Jaan_Tonisson_(Lasteleht), lk 329
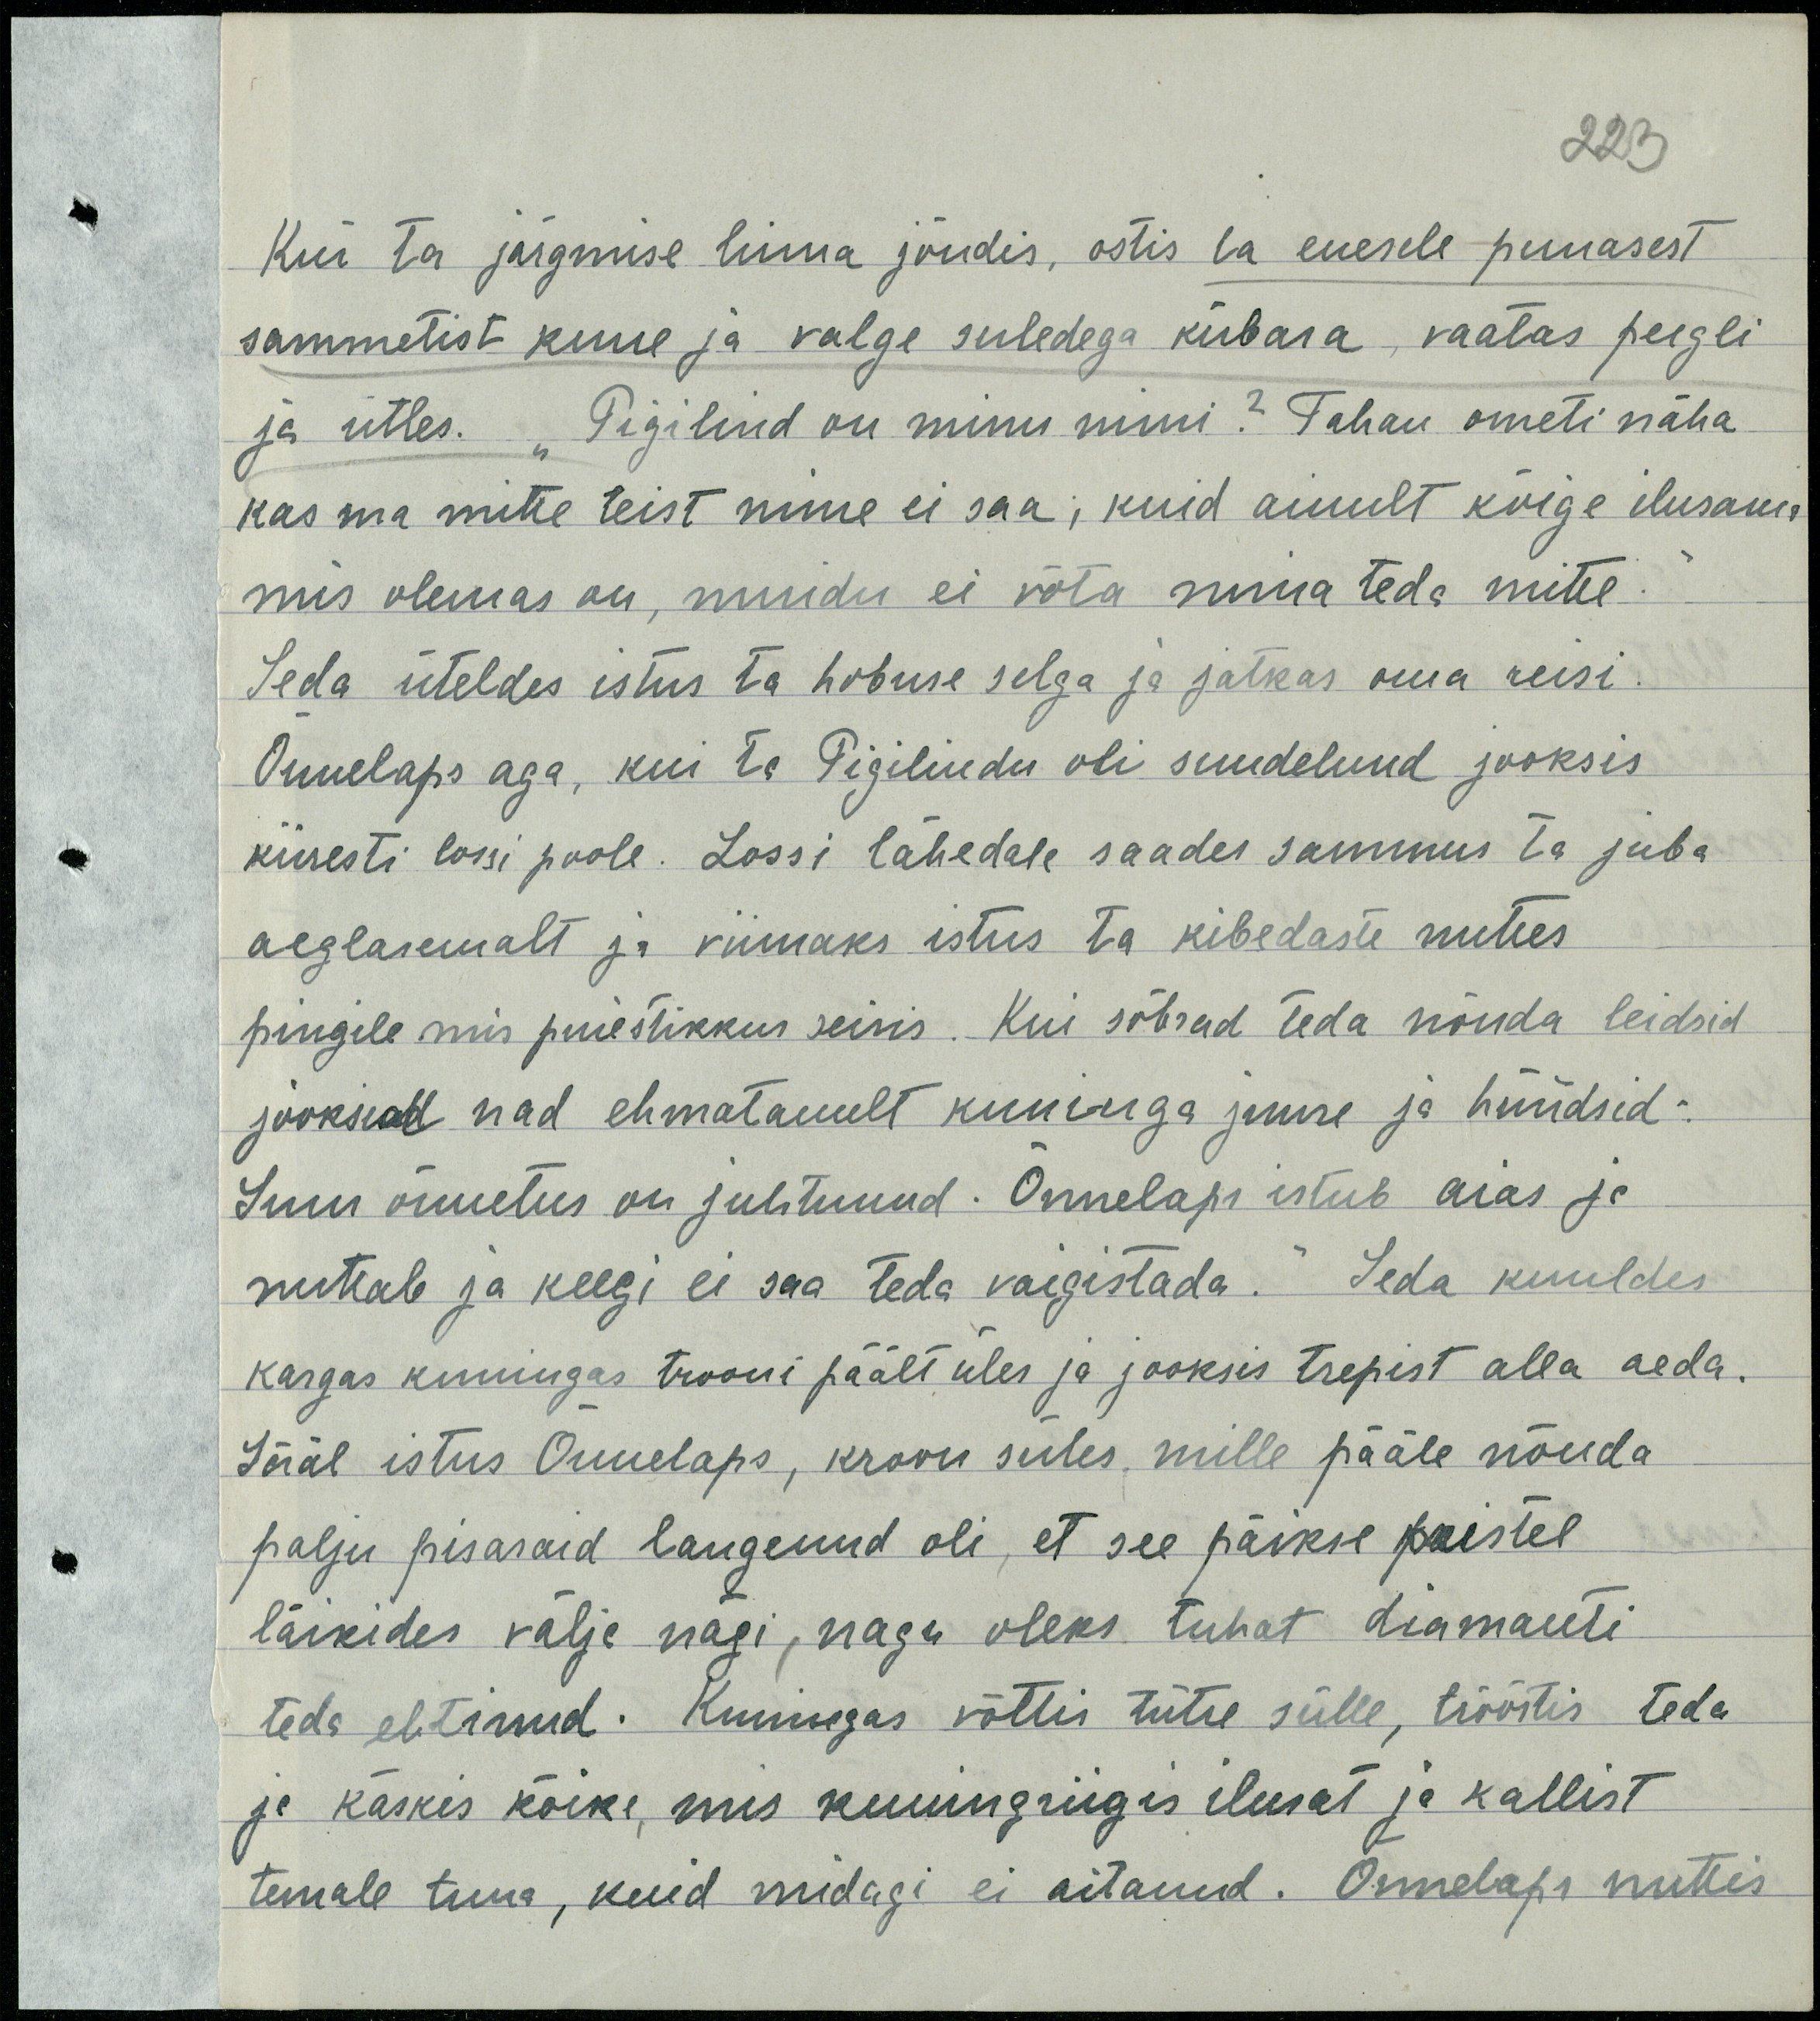
kui ta järgmise linna jõudis, ostis ta enesele punasest
sammetist kuue ja valge sulgedega kübara, vaatas peegli
ja ütles. "Pigilind on minu nimi? Tahan ometi näha
kas ma mitte teist nime ei saa, kuida ainult kõige ilusama
mis olemas on, muidu ei võta mina teda mitte
Seda üteldes istus ta hobuse selga ja jätkas oma reisi.
Õnnelaps aga, kui ta Pigilindu oli suudelnud jooksis  
kiiresti lossi poole. Lossi lähedale saades sammus ta juba
aeglasemalt ja viimaks istus ta kibedaste nuttes
pingile mis puiestikkus seisis. Kui sõbrad teda nõnda leidsid
jooksid nad ehmatunult kuninga juure ja hüüdsid
Suur õnnetus on juhtunud. Õnnelaps istub aias ja 
nutab ja keegi ei saa teda vaigistada." Seda kuuldes
kargas kuningas trooni päält üles ja jooksis trepist alla aeda.
Sääl istus Õnnelaps, kroon süles mille pääle nõnda
palju pisaraid langenud oli, et see päikse paistel
läikides välja nägi, nagu oleks tuhat diamanti
teda ehtinud. Kuningas võttis tütre sülle, trööstis teda
ja käskis kõike, mis kuningriigis ilusat ja kallist 
temale tuua, kuid midagi ei aitanud. Õnnelaps nuttis